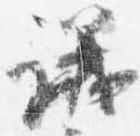
議